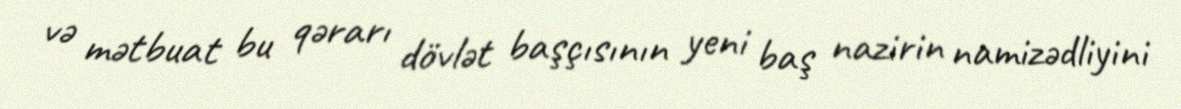
və mətbuat bu qərarı dövlət başçısının yeni baş nazirin namizədliyini